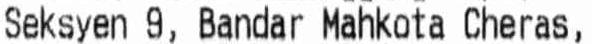
SEKSYEN 9, BANDAR MAHKOTA CHERAS,